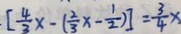
[ \frac { 4 } { 3 } x - ( \frac { 2 } { 3 } x - \frac { 1 } { 2 } ) ] = \frac { 3 } { 4 } x